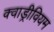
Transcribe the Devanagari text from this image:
क्वाड्रीवियम